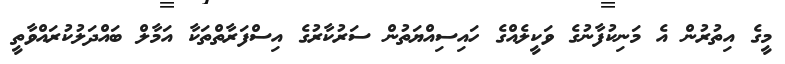
މީގެ އިތުރުން އެ މަނިކުފާނުގެ ވަކީލެއްގެ ހައިސިއްޔަތުން ސަރުކާރުގެ އިސްފަރާތްތަކާ އަމާލް ބައްދަލުކުރައްވާތީ